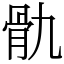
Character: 骩